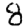
Digit: 8